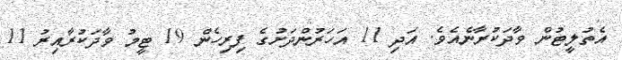
އެތުލީޓުން ވާދަކުރާނެއެވެ. އަދި 11 އަހަރުންދަށުގެ ފިރިހެން 19 ޓީމު ވާދަކުރާއިރު 11